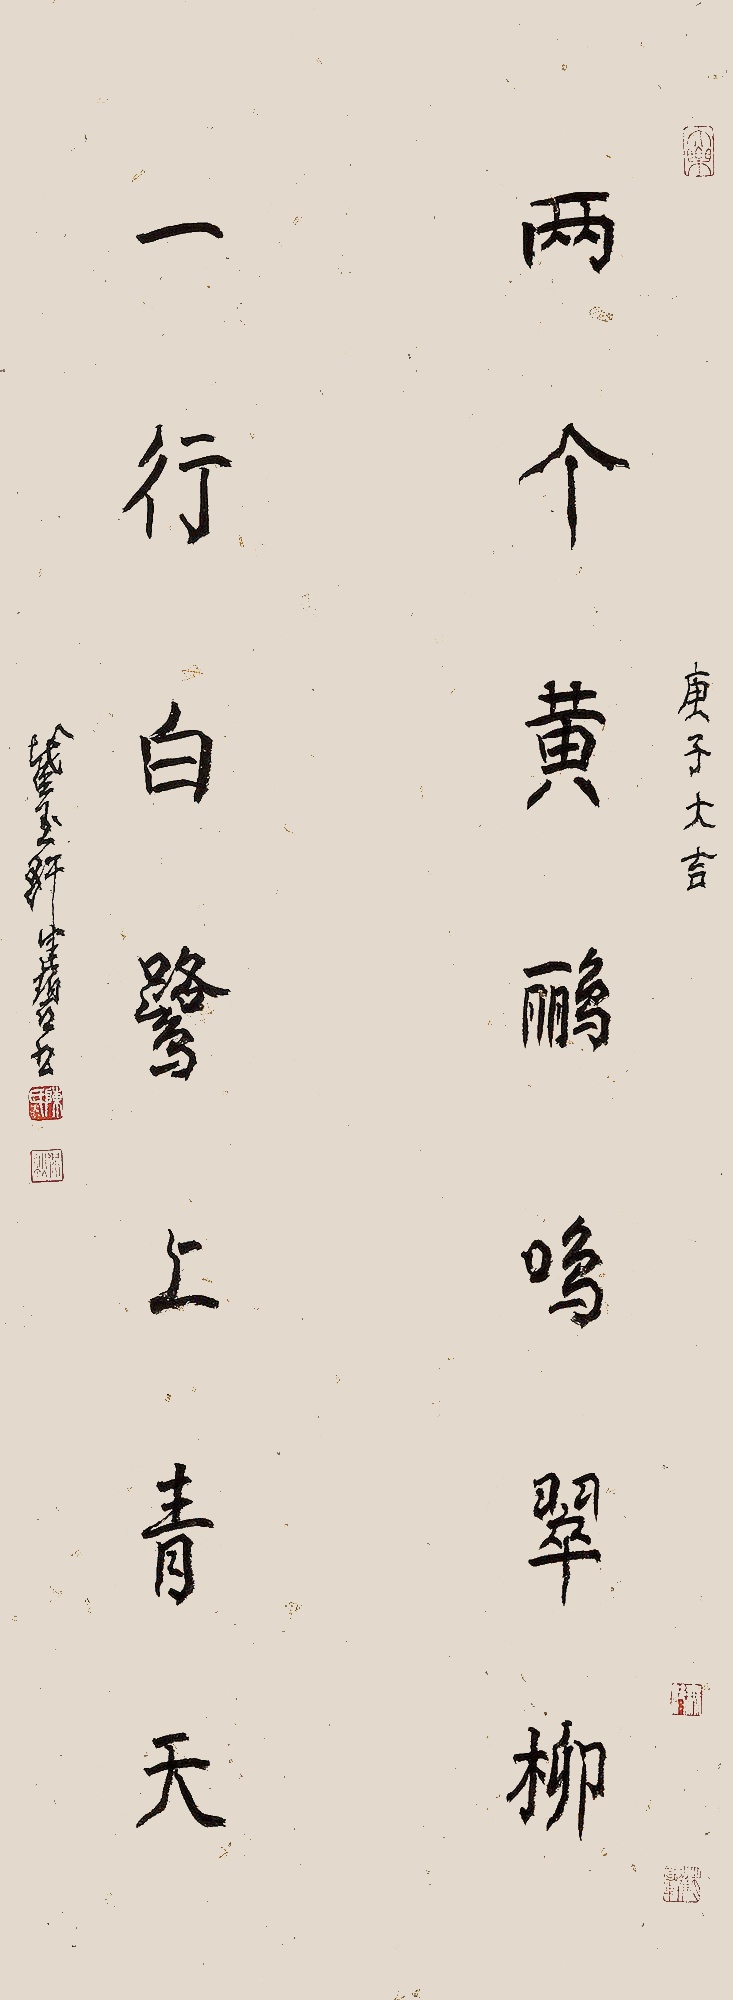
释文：两个黄鹂鸣翠柳，一行白鹭上青天。庚子（2020年）大吉，截玉轩健碧书。